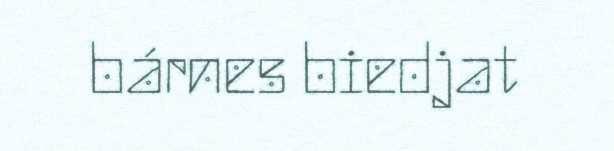
bárnes biedjat